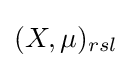
(X,\mu )_{rsl}